Rangoon Lunatic Asylum 1878-1892 - 1878-1892
Year: 1878
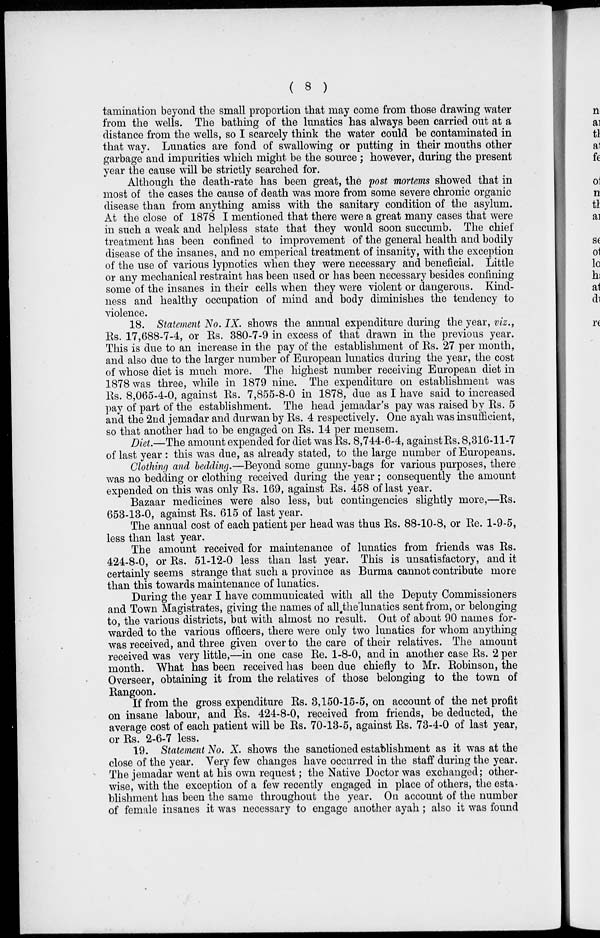
( 8 )
tamination beyond the small proportion that may come from those drawing water
from the wells. The bathing of the lunatics has always been carried out at a
distance from the wells, so I scarcely think the water could be contaminated in
that way. Lunatics are fond of swallowing or putting in their mouths other
garbage and impurities which might be the source ; however, during the present
year the cause will be strictly searched for.
Although the death-rate has been great, the post mortems showed that in
most of the cases the cause of death was more from some severe chronic organic
disease than from anything amiss with the sanitary condition of the asylum.
At the close of 1878 I mentioned that there were a great many cases that were
in such a weak and helpless state that they would soon succumb. The chief
treatment has been confined to improvement of the general health and bodily
disease of the insanes, and no emperical treatment of insanity, with the exception
of the use of various lypnotics when they were necessary and beneficial. Little
or any mechanical restraint has been used or has been necessary besides confining
some of the insanes in their cells when they were violent or dangerous. Kind-
ness and healthy occupation of mind and body diminishes the tendency to
violence.
18. Statement No. IX. shows the annual expenditure during the year, viz.,
Rs. 17,688-7-4, or Rs. 380-7-9 in excess of that drawn in the previous year.
This is due to an increase in the pay of the establishment of Rs. 27 per month,
and also due to the larger number of European lunatics during the year, the cost
of whose diet is much more. The highest number receiving European diet in
1878 was three, while in 1879 nine. The expenditure on establishment was
Rs. 8,065-4-0, against Rs. 7,855-8-0 in 1878, due as I have said to increased
pay of part of the establishment. The head jemadar's pay was raised by Rs. 5
and the 2nd jemadar and durwan by Rs. 4 respectively. One ayah was insufficient,
so that another had to be engaged on Rs. 14 per mensem.
Diet.—The amount expended for diet was Rs. 8,744-6-4, against Rs. 8,316-11-7
of last year : this was due, as already stated, to the large number of Europeans.
Clothing and bedding.—Beyond some gunny-bags for various purposes, there
was no bedding or clothing received during the year; consequently the amount
expended on this was only Rs. 169, against Rs. 458 of last year.
Bazaar medicines were also less, but contingencies slightly more,—Rs.
653-13-0, against Rs. 615 of last year.
The annual cost of each patient per head was thus Rs. 88-10-8, or Re. 1-9-5,
less than last year.
The amount received for maintenance of lunatics from friends was Rs.
424-8-0, or Rs. 51-12-0 less than last year. This is unsatisfactory, and it
certainly seems strange that such a province as Burma cannot contribute more
than this towards maintenance of lunatics.
During the year I have communicated with all the Deputy Commissioners
and Town Magistrates, giving the names of all thelunatics sent from, or belonging
to, the various districts, but with almost no result. Out of about 90 names for-
warded to the various officers, there were only two lunatics for whom anything
was received, and three given over to the care of their relatives. The amount
received was very little,—in one case Re. 1-8-0, and in another case Rs. 2 per
month. What has been received has been due chiefly to Mr. Robinson, the
Overseer, obtaining it from the relatives of those belonging to the town of
Rangoon.
If from the gross expenditure Rs. 3,150-15-5, on account of the net profit
on insane labour, and Rs. 424-8-0, received from friends, be deducted, the
average cost of each patient will be Rs. 70-13-5, against Rs. 73-4-0 of last year,
or Rs. 2-6-7 less.
19. Statement No. X. shows the sanctioned establishment as it was at the
close of the year. Very few changes have occurred in the staff during the year.
The jemadar went at his own request; the Native Doctor was exchanged; other-
wise, with the exception of a few recently engaged in place of others, the esta-
blishment has been the same throughout the year. On account of the number
of female insanes it was necessary to engage another ayah; also it was found